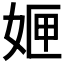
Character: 𭑻